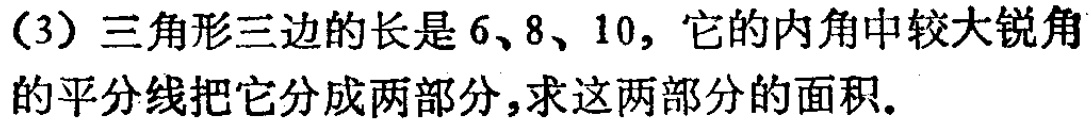
（3）三角形三边的长是6、8、10，它的内角中较大锐角的平分线把它分成两部分，求这两部分的面积。